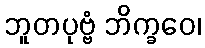
ဘူတပုဗ္ဗံ ဘိက္ခဝေ၊